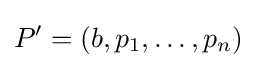
P'=(b,p_{1},\dots ,p_{n})